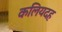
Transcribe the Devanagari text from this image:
कलियदह